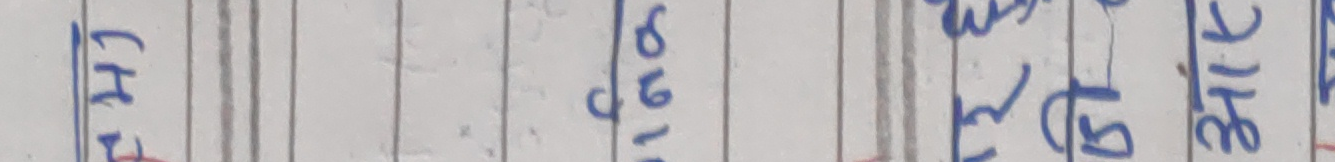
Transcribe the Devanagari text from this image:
च है ७९१ कलनअ२४